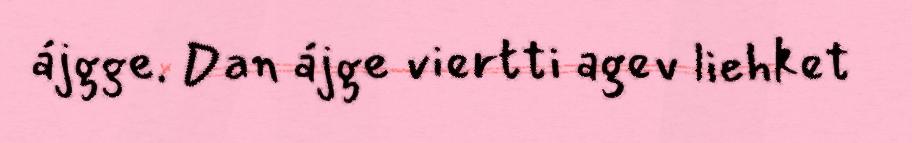
ájgge. Dan ájge viertti agev liehket